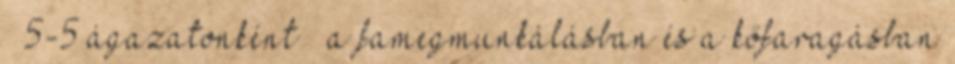
– 5-5 ágazatonként – a famegmunkálásban és a kőfaragásban